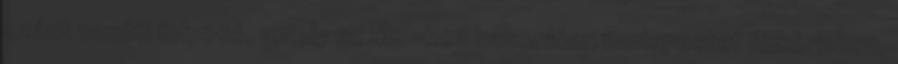
szánt vasúti folyosó, amely az M0-hoz hasonlóan Budapestet félkörívben,